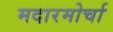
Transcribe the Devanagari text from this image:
मदारमोर्चा